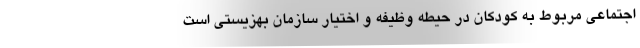
اجتماعی مربوط به کودکان در حیطه وظیفه و اختیار سازمان بهزیستی است